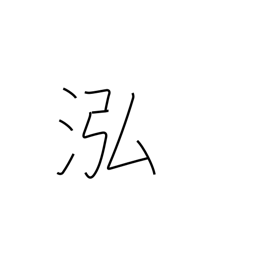
Meaning: deep clear water